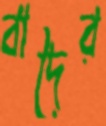
বাদৈর